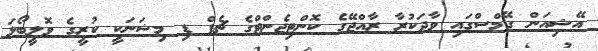
އޭޝިއަން ގޭމްސްގައި ވާދަކުރާ ރާއްޖޭގެ ކޮންޓިޖެންޓްގެ ޗެފް ޑި މިޝަނަކީ ކުރީގެ ވޮލީބޯޅަ